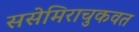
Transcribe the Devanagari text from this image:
ससेमिराचुकवत